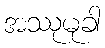
အဿုမုခါ